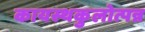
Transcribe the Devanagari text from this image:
कायस्थकुलोत्पन्न